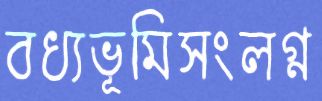
বধ্যভূমিসংলগ্ন